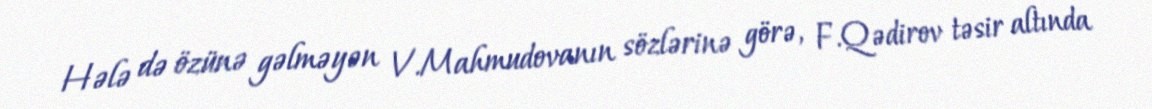
Hələ də özünə gəlməyən V.Mahmudovanın sözlərinə görə, F.Qədirov təsir altında